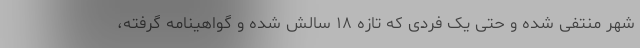
شهر منتفی شده و حتی یک فردی که تازه ۱۸ سالش شده و گواهینامه گرفته،